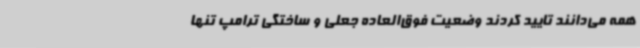
همه می‌دانند تایید کردند وضعیت فوق‌العاده جعلی و ساختگی ترامپ تنها